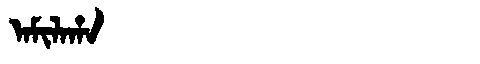
Manchu: ᠠᠮᡳᠯᠠᡥᠠ
Romanization: AMILAHA